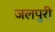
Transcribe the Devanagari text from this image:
जलपुरी